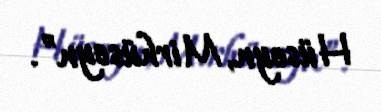
Hüseyn, Mirhüseyn”.